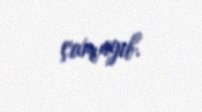
çıxmayıb.